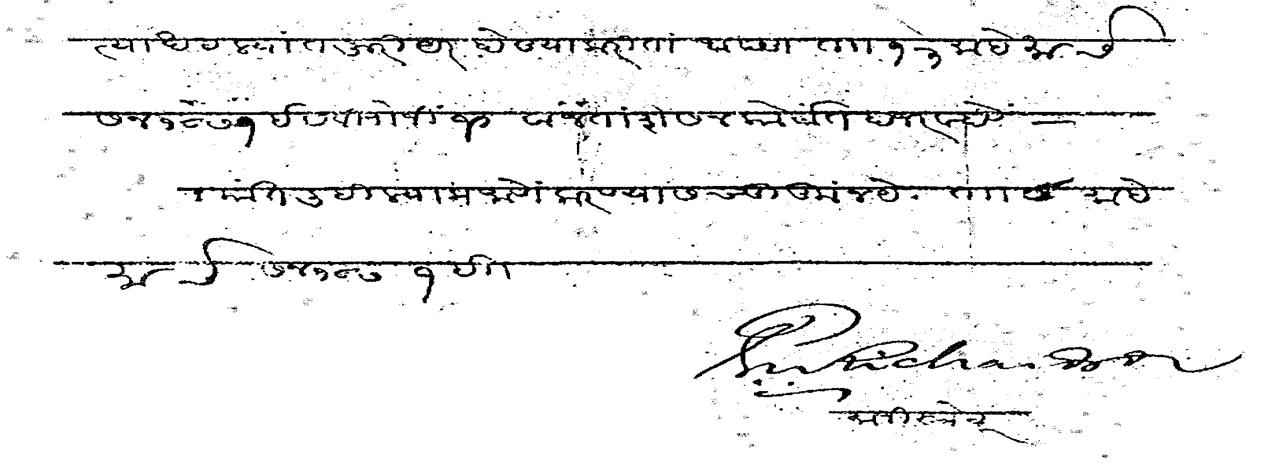
Transliteration (Devanagari): त्याखटल्यात जुरीयर होण्याकरिता आपण ता १३ माहे मार्च सन १८७१ इसवी रोजी १० वाजता शेसन कोर्टात हाजर व्हावे बात लिहिल्याप्रमाणे करण्यास चुकू नये ता ८ माहे मार्च सन १८७१ माजीस्त्रेट